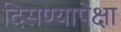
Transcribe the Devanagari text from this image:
दिसण्यापेक्षा